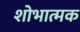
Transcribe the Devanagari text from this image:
शोभात्मक